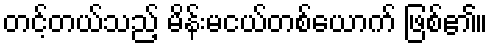
တင့်တယ်သည့် မိန်းမငယ်တစ်ယောက် ဖြစ်၏။